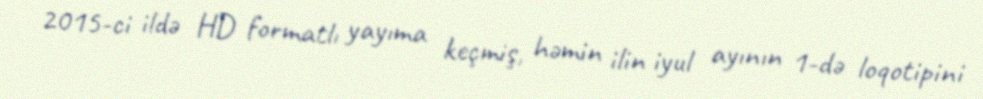
2015-ci ildə HD formatlı yayıma keçmiş, həmin ilin iyul ayının 1-də loqotipini